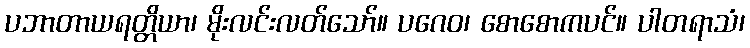
ပဘာတာယရတ္တိယာ၊ မိုးလင်းလတ်သော်။ ပဂေဝ၊ စောစောကပင်။ ပါတရာသံ၊